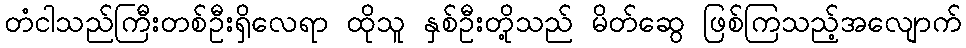
တံငါသည်ကြီးတစ်ဦးရှိလေရာ ထိုသူ နှစ်ဦးတို့သည် မိတ်ဆွေ ဖြစ်ကြသည့်အလျောက်